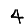
Digit: 4